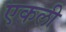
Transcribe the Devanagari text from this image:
एकली